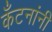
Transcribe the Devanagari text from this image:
कँटनांनी